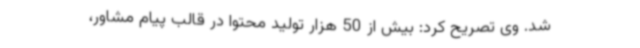
شد. وی تصریح کرد: بیش از 50 هزار تولید محتوا در قالب پیام مشاور،